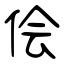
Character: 侩